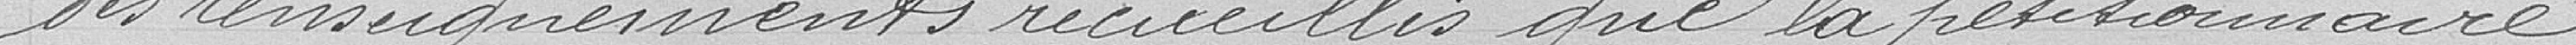
des renseignements recueillis que la pétitionnaire